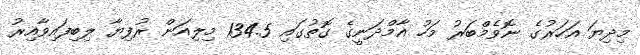
މިދިޔަ އަހަރުގެ ނޮވެމްބަރު މަހު އާމްދަނީގެ ގޮތުގައި 134.5 މިލިއަން ރުފިޔާ ލިބިފައިވާއިރު